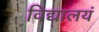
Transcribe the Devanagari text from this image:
विद्यालयं